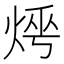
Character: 𤈰